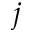
j